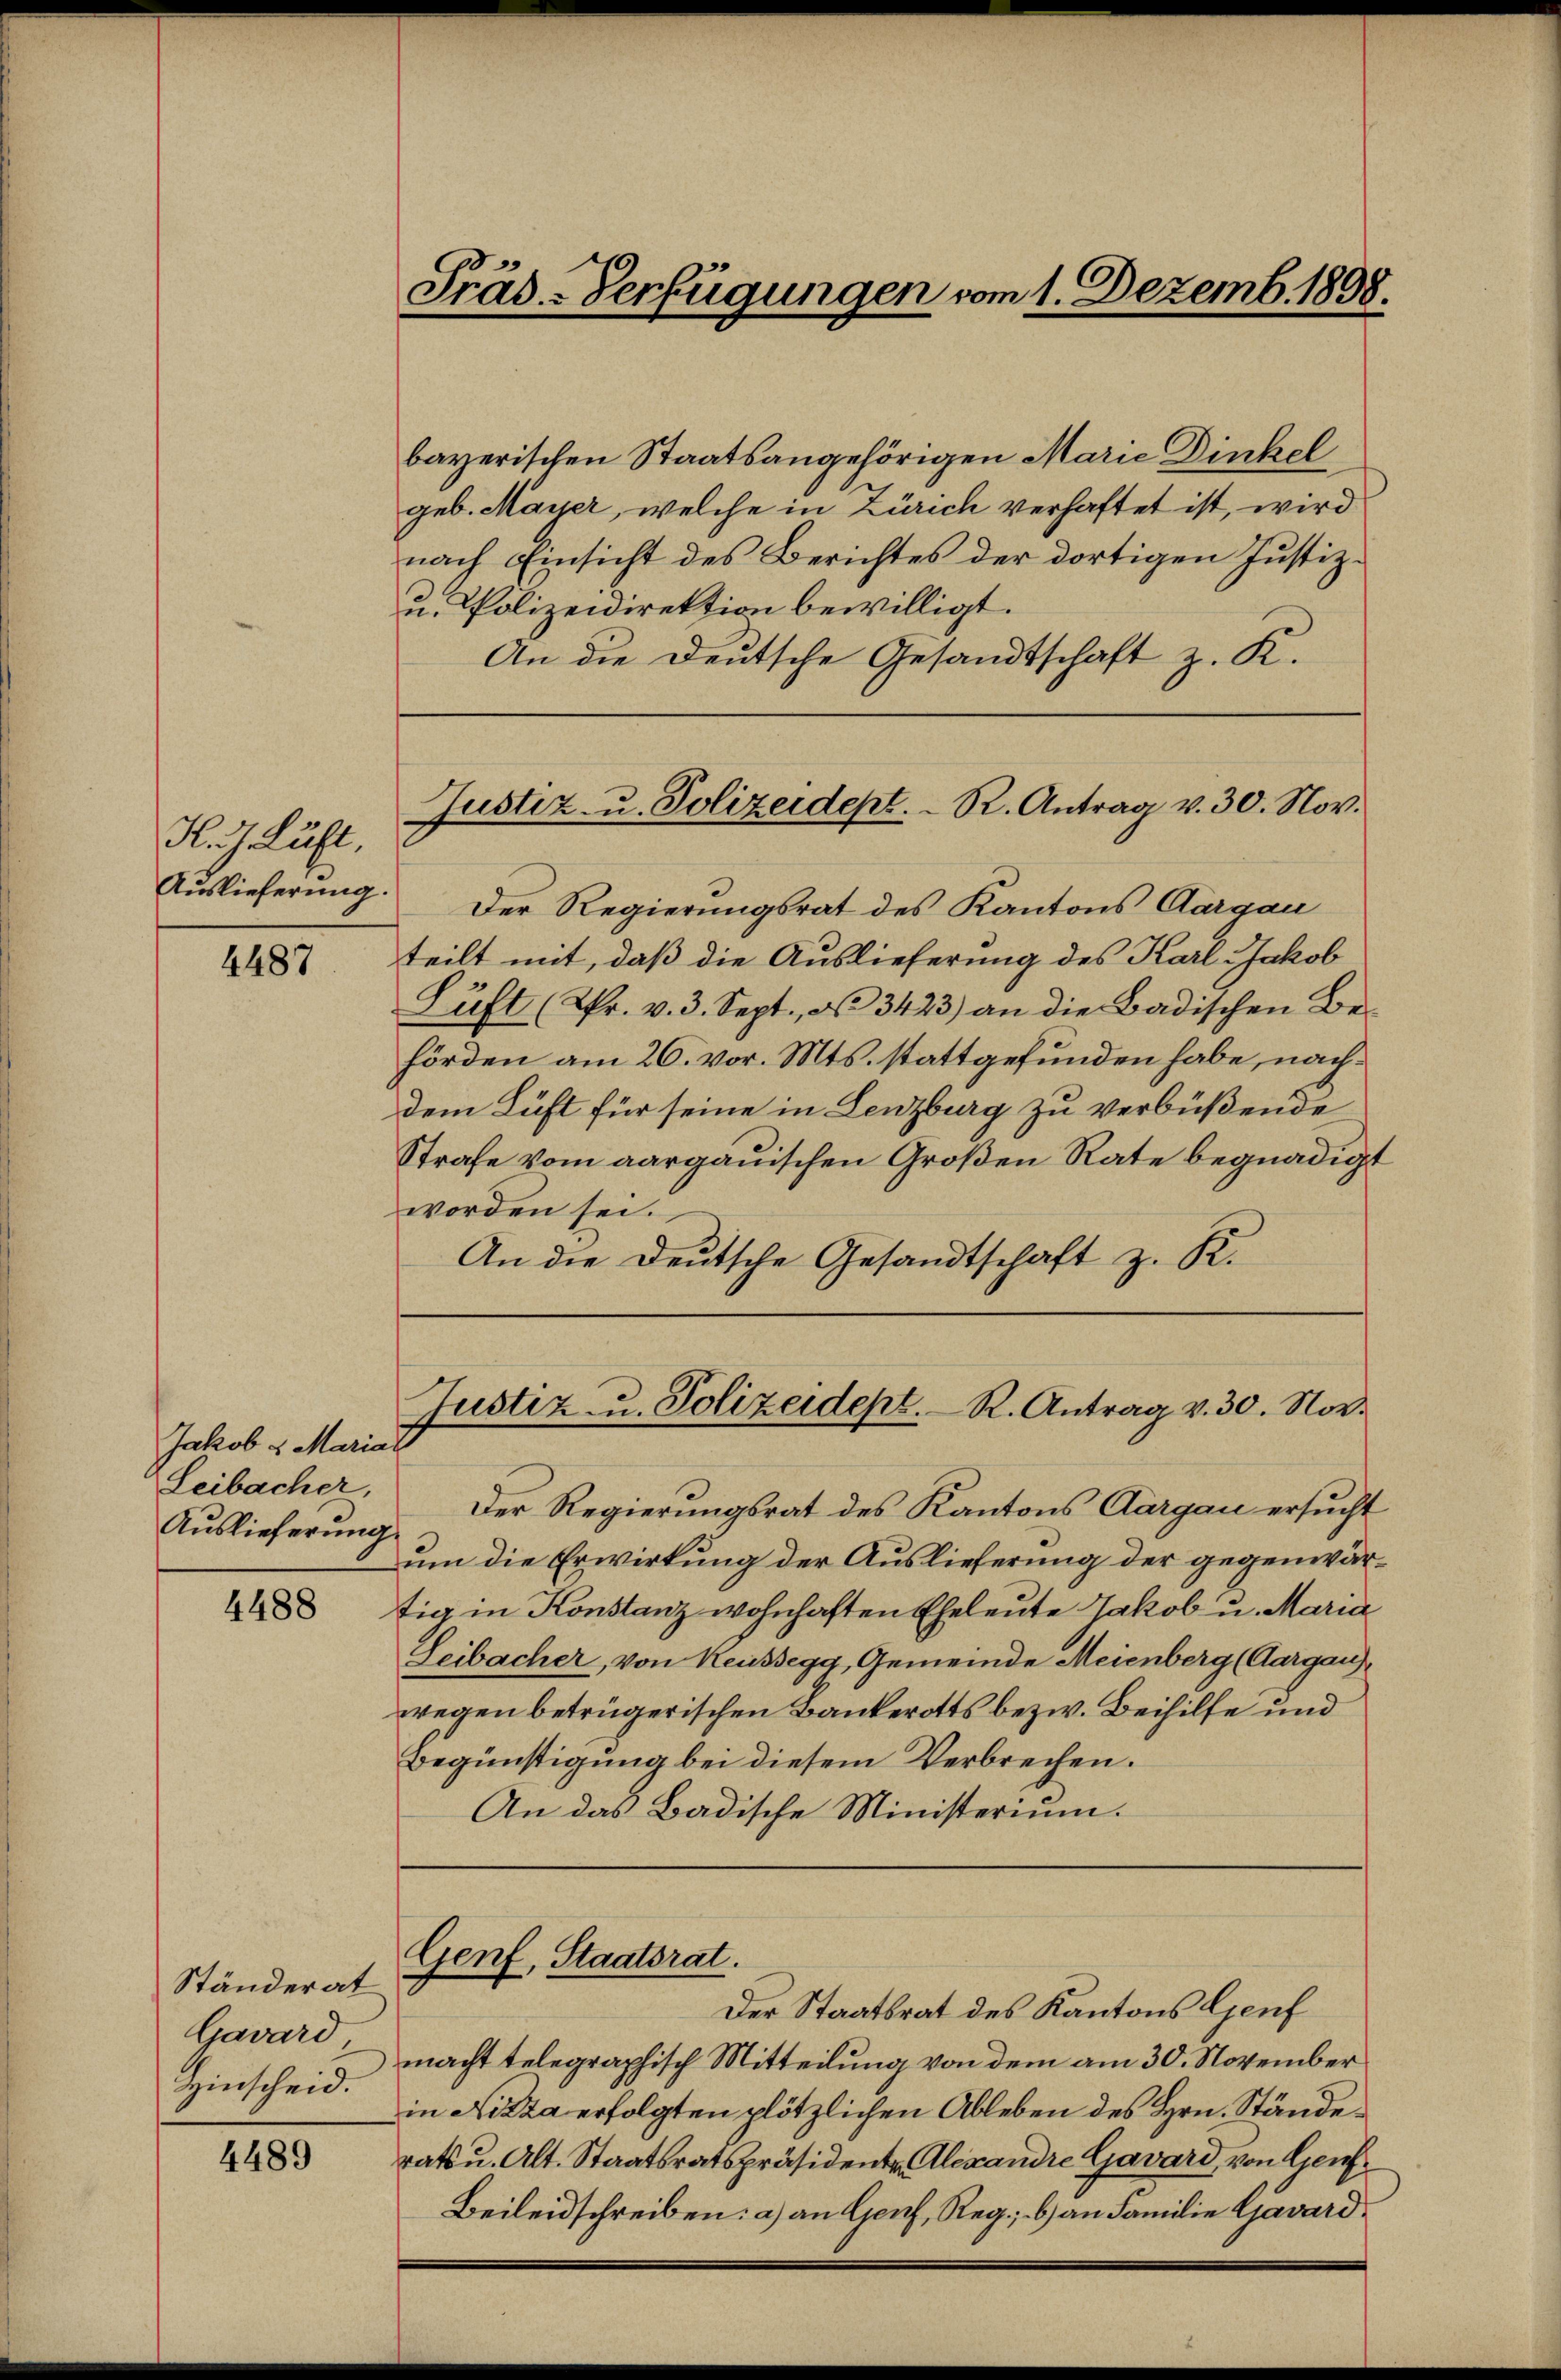
K. Luft,
Auslieferung.

4487

Jakob & Mariat
Leibacher,
Auslieferung

4488

Ständerat
Gavard
Hinscheid.

4489

bayerischen Staatsangehörigen Marie Dinkel
geb. Mayer, welche in Zürich verhaftet ist, wird
nach Einsicht des Berichtes der dortigen Justiz¬
u. Polizeidirektion bewilligt.
An die Deutsche Gesandtschaft z. K.

Präs.-Verfügungen vom 1. Dezemb. 1898.

Der Regierungsrat des Kantons Aargau
teilt mit, daß die Auslieferung des Karl Jakob
Luft (2fr. v. 3. Sept., N. 3423) an die Badischen Be-
hörden am 26. vor. Mts. stattgefunden habe, nachdem Luft für seine in Lenzburg zu verbüßende
Strafe vom aargauischen Großen Rate begnadigt
worden sei.
An die Deutsche Gesandtschaft z. R.

Justiz- u. Polizeidept. R. Antrag v. 30. Nov.

Justiz- u. Polizeidept. R. Antrag v. 30. Nov.

Der Regierungsrat des Kantons Aargau ersucht
um die Erwirkung der Auslieferung der gegenwärtig in Konstanz wohnhaften Eheleute Jakob u. Maria
Leibacher, von Reussegg, Gemeinde Meienberg (Aargau,
wegen betrügerischen Bankerotts bezw. Beihilfe und
Begünstigung bei diesem Verbrechen.
An das Badische Ministerium.

Genf, Staatsrat.

Der Staatsrat des Kantons Genf
macht telegraphisch Mitteilung von dem am 30. November
in Nizza erfolgten plötzlichen Ableben des Hrn. Stände
rats u. Alt. Staatsratspräsidenten Alexandre Gavard, von Genf
Beileidschreiben: a) an Genf, Reg.; b) an Familie Gavard¬